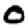
Digit: 0